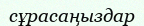
сұрасаңыздар